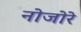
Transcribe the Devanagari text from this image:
नोजोरे